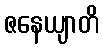
ဇနေယျာတိ